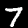
Digit: 7